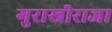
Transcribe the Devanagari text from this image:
गुराखीराजा